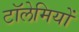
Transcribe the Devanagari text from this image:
टॉलेमियों